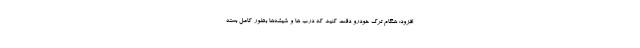
افزود: هنگام ترک خودرو دقت کنید که درب ها و شیشه‌ها بطور کامل بسته